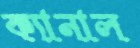
ক্যানাল